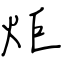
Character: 炬